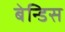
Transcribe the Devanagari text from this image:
बेन्डिस